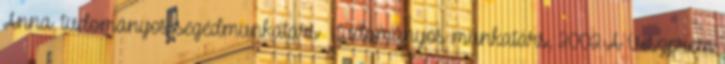
Anna, tudományos segédmunkatárs – tudományos munkatárs, 2002 A Veszprém